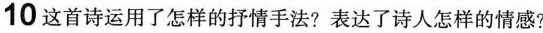
10这首诗运用了怎样的抒情手法?表达了诗人怎样的情感?